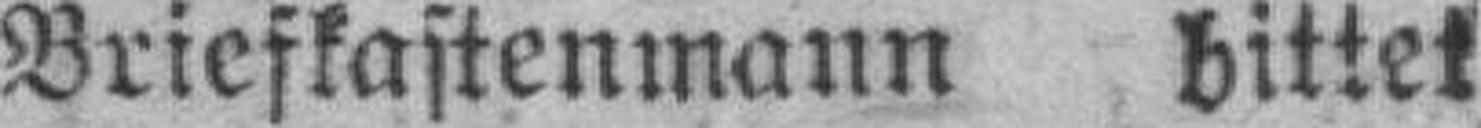
Briefkastenmann bittet